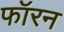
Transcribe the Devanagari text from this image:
फॉरन